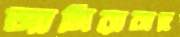
আমিরাবাদ